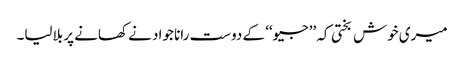
میری خوش بختی کہ ’’جیو‘‘ کے دوست رانا جواد نے کھانے پر بلالیا۔